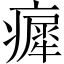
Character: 𤺳